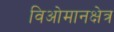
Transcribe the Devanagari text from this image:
विओमानक्षेत्र